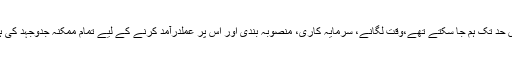
جس حد تک ہم جا سکتے تھے،وقت لگانے، سرمایہ کاری، منصوبہ بندی اور اس پر عملدرآمد کرنے کے لیے تمام ممکنہ جدوجہد کی ہے۔